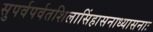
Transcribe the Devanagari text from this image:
सुपर्वपर्वतशिलासिंहासनाध्यासनाः